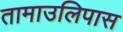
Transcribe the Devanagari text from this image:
तामाउलिपास